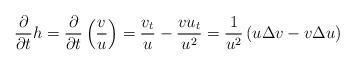
LaTeX: \begin{align*}\frac{\partial}{\partial t}h=\frac{\partial}{\partial t}\left(\frac{v}{u}\right)=\frac{v_t}{u}-\frac{vu_t}{u^2}=\frac{1}{u^2}\left(u\Delta v-v\Delta u\right)\end{align*}